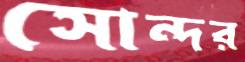
সোন্দর